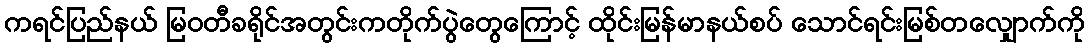
ကရင်ပြည်နယ် မြဝတီခရိုင်အတွင်းကတိုက်ပွဲတွေကြောင့် ထိုင်းမြန်မာနယ်စပ် သောင်ရင်းမြစ်တလျှောက်ကို